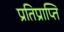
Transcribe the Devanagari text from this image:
प्रतिप्राप्ति